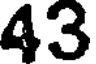
43